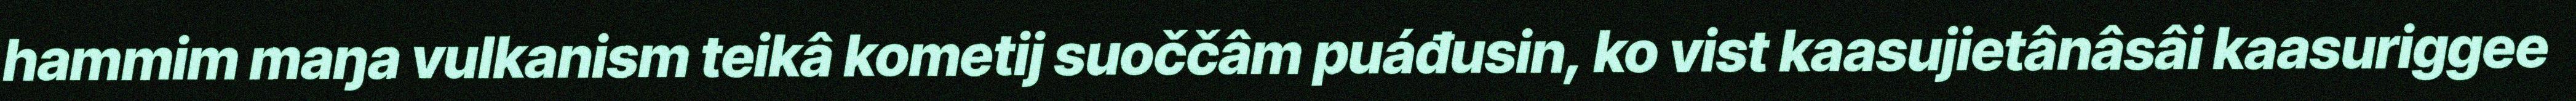
hammim maŋa vulkanism teikâ kometij suoččâm puáđusin, ko vist kaasujietânâsâi kaasuriggee